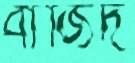
বাজিদ